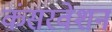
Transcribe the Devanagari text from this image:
कंसरवेशन